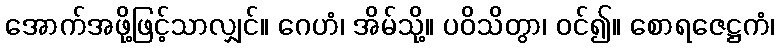
အောက်အဖို့ဖြင့်သာလျှင်။ ဂေဟံ၊ အိမ်သို့။ ပဝိသိတွာ၊ ဝင်၍။ စောရဇေဋ္ဌကံ၊